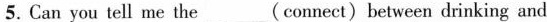
5. Can you tell me the___(connect)between drinking and